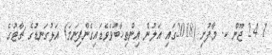
1 24 ޖޫން ކ. މާފުށި (2018ގައި އަލުން އިންތިޚާބުވެވެޑައިގެންފިނަމަ) އަޅުގަނޑުގެ ޗާޓުގެ